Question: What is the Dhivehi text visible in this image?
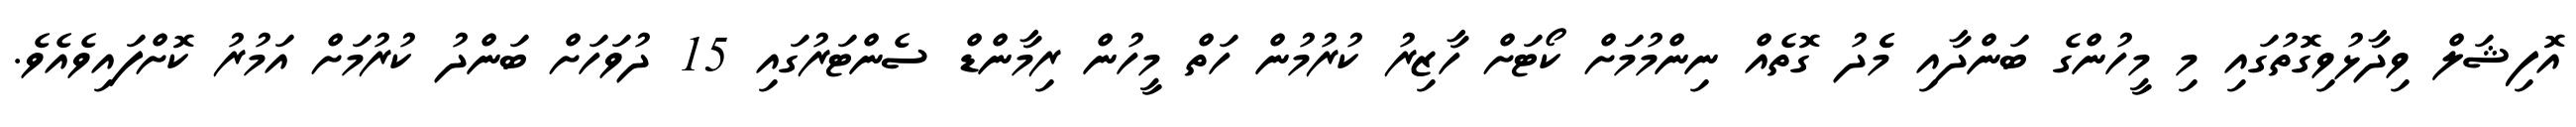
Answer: އޮފިޝަލް ވިދާޅުވިގޮތުގައި މި މީހުންގެ ބަންދާއި މެެދު ގޮތެއް ނިންމުމަށް ކޯޓަށް ހާޒިރު ކުރުމުން ހަތް މީހުން ރިމާންޑް ސެންޓަރުގައި 15 ދުވަހަށް ބަންދު ކުރުމަށް އަމުރު ކޮށްފައިވެއެވެ.